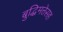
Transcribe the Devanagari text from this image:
बुद्धिमत्तेसह